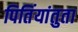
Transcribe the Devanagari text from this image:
पितिंयांतुता